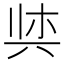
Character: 𫝌